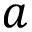
a